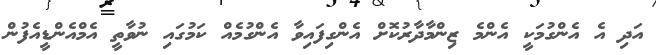
އަދި އެ އެންގުމަކީ އެންމެ ޒިންމާދާރުކޮށް އެންގިފައިވާ އެންގުމެއް ކަމުގައި ނުވާތީ އެމްއެންޑީއެފުން